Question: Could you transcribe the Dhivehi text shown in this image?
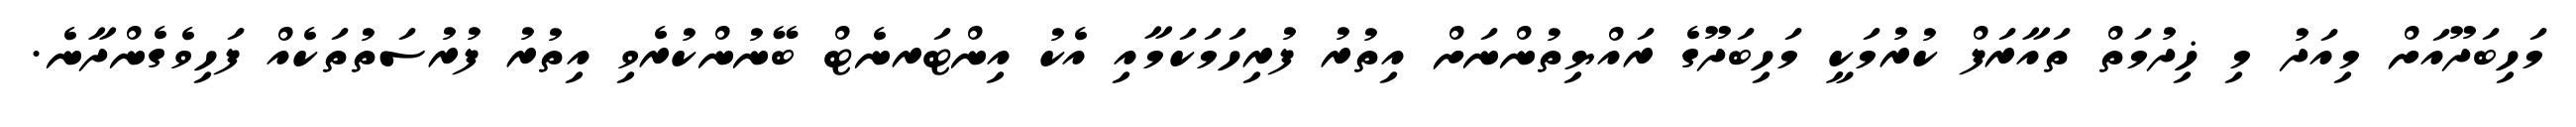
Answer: މަހިބަދޫއަށް މިއަދު މި ޚިދުމަތް ތައާރަފް ކުރުމަކީ މަހިބަދޫގެ ރައްޔިތުންނަށް އިތުރު ފުރިހަމަކަމާއި އެކު އިންޓަރނެޓް ބޭނުންކުރެވި އިތުރު ފުރުސަތުތަކެއް ފަހިވެގެންދާނެ.